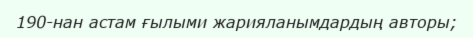
190-нан астам ғылыми жарияланымдардың авторы;